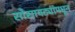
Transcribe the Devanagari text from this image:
सोसायट्यांमधून